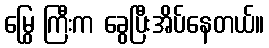
မြွေ ကြီးက ခွေပြီးအိပ်နေတယ်။